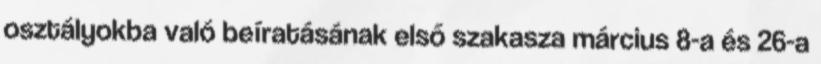
osztályokba való beíratásának első szakasza március 8-a és 26-a